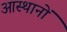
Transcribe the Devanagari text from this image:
आस्थानों